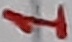
Text: 1